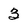
Character: 3